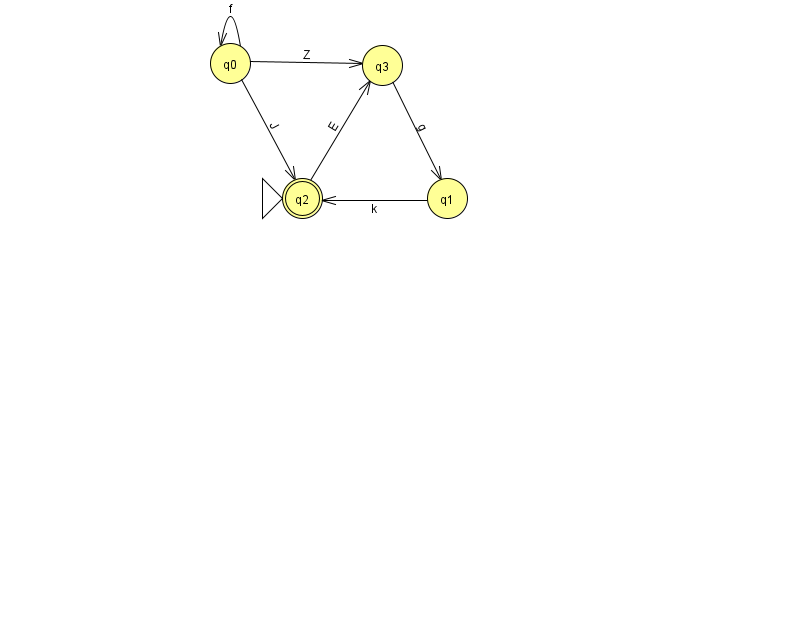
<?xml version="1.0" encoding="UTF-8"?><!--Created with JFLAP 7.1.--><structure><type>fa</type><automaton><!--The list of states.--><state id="0" name="q0"><x>230.0</x><y>50.0</y></state><state id="1" name="q1"><x>447.0</x><y>185.0</y></state><state id="2" name="q2"><x>302.0</x><y>185.0</y><initial/><final/></state><state id="3" name="q3"><x>382.0</x><y>52.0</y></state><!--The list of transitions.--><transition><from>0</from><to>0</to><read>f</read></transition><transition><from>1</from><to>2</to><read>k</read></transition><transition><from>2</from><to>3</to><read>E</read></transition><transition><from>0</from><to>2</to><read>J</read></transition><transition><from>3</from><to>1</to><read>g</read></transition><transition><from>0</from><to>3</to><read>Z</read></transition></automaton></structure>